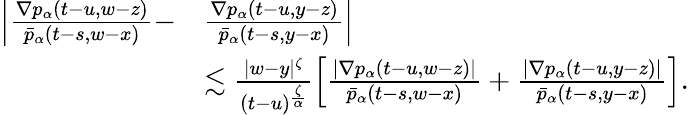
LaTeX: \begin{array}{rl}{\left|\frac{\nabla p_{\alpha}(t-u,w-z)}{\bar{p}_{\alpha}(t-s,w-x)}-\right.}&{\left.\frac{\nabla p_{\alpha}(t-u,y-z)}{\bar{p}_{\alpha}(t-s,y-x)}\right|}\\ &{\lesssim\frac{|w-y|^{\zeta}}{(t-u)^{\frac{\zeta}{\alpha}}}\left[\frac{|\nabla p_{\alpha}(t-u,w-z)|}{\bar{p}_{\alpha}(t-s,w-x)}+\frac{|\nabla p_{\alpha}(t-u,y-z)|}{\bar{p}_{\alpha}(t-s,y-x)}\right].}\end{array}